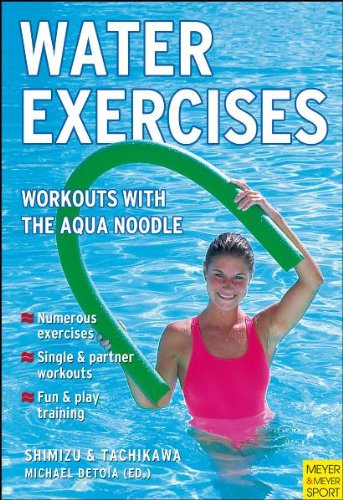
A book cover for Water Excercises: Workouts With the Aqua Noodle; Tomihiro Shimizu; Sports & Outdoors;